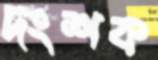
দংশক